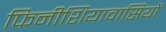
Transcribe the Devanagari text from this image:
फिनीशियावासियों